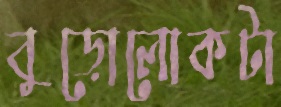
বুড়োলোকটা